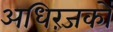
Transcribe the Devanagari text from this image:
अधिरंजकों